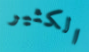
الكثير